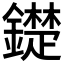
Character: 𨭣